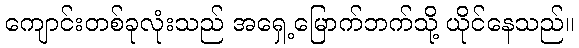
ကျောင်းတစ်ခုလုံးသည် အရှေ့မြောက်ဘက်သို့ ယိုင်နေသည်။